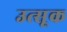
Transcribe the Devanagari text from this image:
उत्सूक